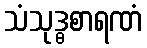
သံသုဒ္ဓစာရဏံ